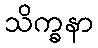
သိက္ခနာ